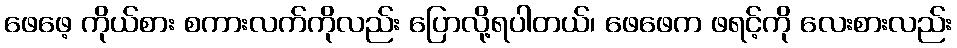
ဖေဖေ့ ကိုယ်စား စကားလက်ကိုလည်း ပြောလို့ရပါတယ်၊ ဖေဖေက ဖရင့်ကို လေးစားလည်း